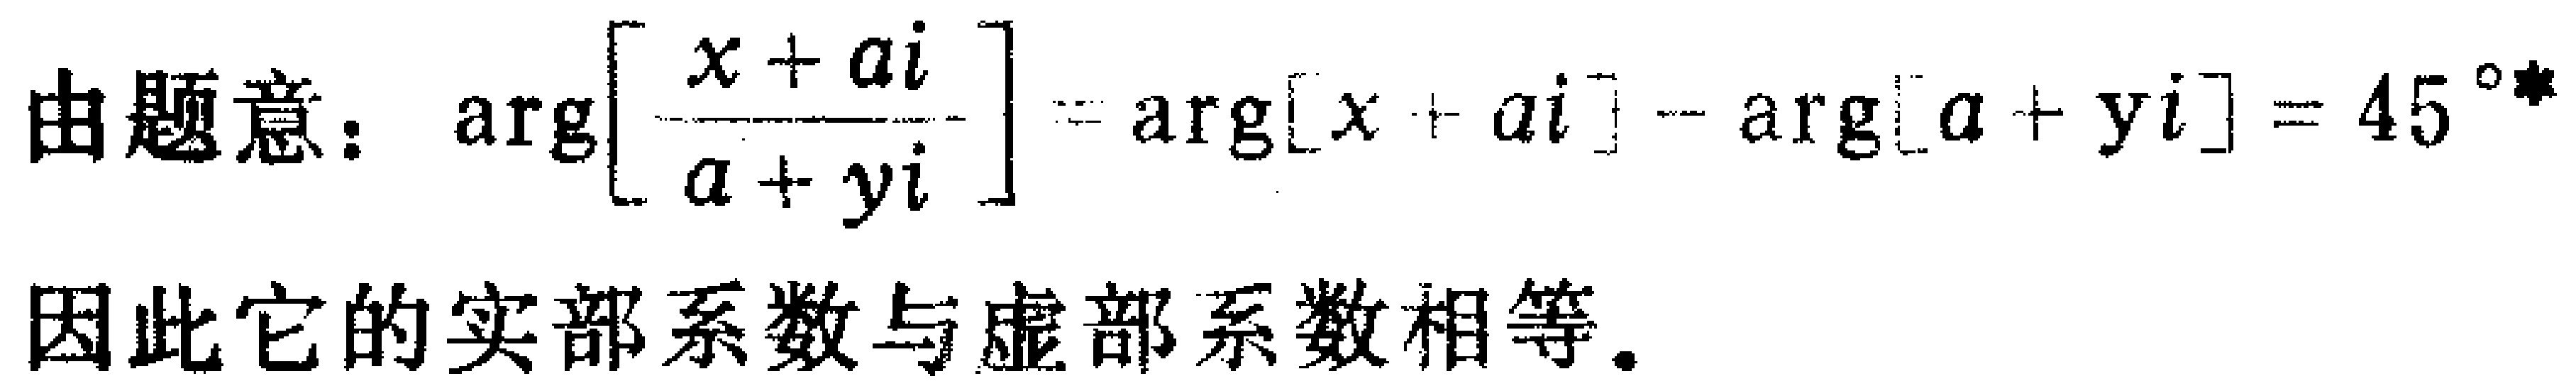
由题意：\(\arg\left[\frac{x + ai}{a + yi}\right] = \arg[x + ai] - \arg[a + yi]=45^{\circ}\)

因此它的实部系数与虚部系数相等。